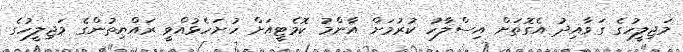
މަޖިލީހުގެ ގަވާއިދު އެގޮތަށް އިސްލާހު ކުރުމަށް އާންމު ކޮމެޓީއަށް ހުށަހެޅުއްވީ ރައްޔިތުންގެ މަޖިލީހުގެ